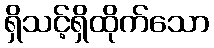
ရှိသင့်ရှိထိုက်သော